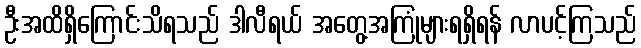
ဦးအထိရှိကြောင်းသိရသည် ဒါလီရယ် အတွေ့အကြုံများရရှိရန် လာပင့်ကြသည်